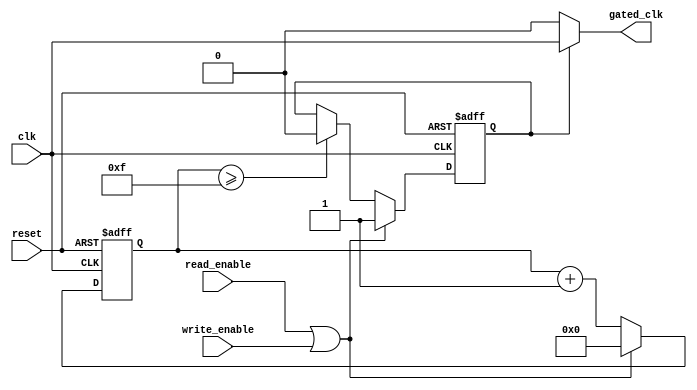
module dynamic_clock_gating (
    input wire clk,               // Main clock signal
    input wire reset,             // Reset signal
    input wire read_enable,       // Read operation signal
    input wire write_enable,      // Write operation signal
    output wire gated_clk         // Gated clock output
);

    // Control logic to generate gating signal
    reg gating_signal;
    reg [3:0] idle_counter;       // Counter to track idle time

    always @(posedge clk or posedge reset) begin
        if (reset) begin
            gating_signal <= 1'b0;
            idle_counter <= 4'b0000;
        end else begin
            // If there is a read or write operation, reset the idle counter
            if (read_enable || write_enable) begin
                gating_signal <= 1'b1; // Enable clock
                idle_counter <= 4'b0000; // Reset idle counter
            end else begin
                // Increment idle counter if no operations
                idle_counter <= idle_counter + 1;
                // If idle for more than a certain threshold, disable clock
                if (idle_counter >= 4'b1111) begin
                    gating_signal <= 1'b0; // Disable clock
                end
            end
        end
    end

    // Clock gating cell
    assign gated_clk = gating_signal ? clk : 1'b0;

endmodule